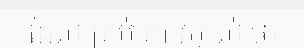
ដែល គ្រប់ គ្នា ស្គាល់ ថា